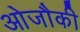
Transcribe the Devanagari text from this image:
ओजौकी